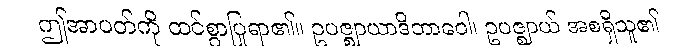
ဤအာပတ်ကို ထင်စွာပြုရာ၏။ ဥပဇ္ဈာယာဒိဘာဝေါ၊ ဥပဇ္ဈာယ် အစရှိသူ၏